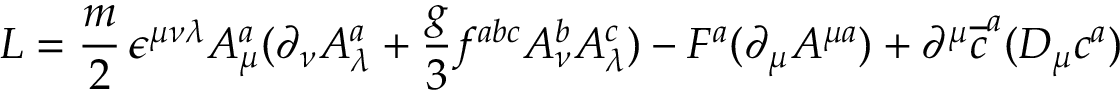
{ \cal L } = { \frac { m } { 2 } } \, \epsilon ^ { \mu \nu \lambda } A _ { \mu } ^ { a } ( \partial _ { \nu } A _ { \lambda } ^ { a } + { \frac { g } { 3 } } f ^ { a b c } A _ { \nu } ^ { b } A _ { \lambda } ^ { c } ) - F ^ { a } ( \partial _ { \mu } A ^ { \mu a } ) + \partial ^ { \mu } \overline { { { c } } } ^ { a } ( D _ { \mu } c ^ { a } )